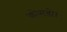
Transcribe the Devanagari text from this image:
कोमडोर